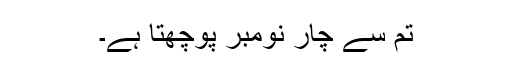
تم سے چار نومبر پوچھتا ہے۔